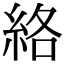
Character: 絡